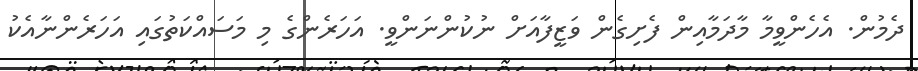
ދެމުން. އެހެންވީމާ މާދަމާއިން ފެށިގެން ވަޒީފާއަށް ނުކުންނަންވީ. އަހަރެންގެ މި މަސައްކަތުގައި އަހަރެންނާއެކު